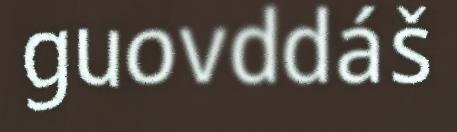
guovddáš